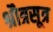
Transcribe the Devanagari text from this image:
श्रौत्रसूत्र